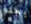
بعد